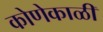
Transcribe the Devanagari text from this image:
कोणेकाळी